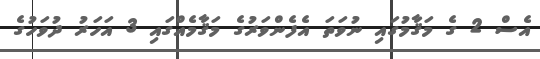
އެސް 2 ގެ މަޤާމުގައި ނުވަތަ އެފެންވަރުގެ މަޤާމެއްގައި 3 އަހަރު ދުވަހުގެ